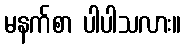
မနက်စာ ပါပါသလား။